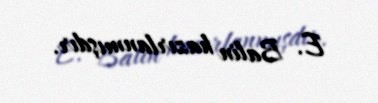
E. Balin hazırlanmışdır.